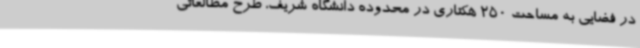
در فضایی به مساحت 250 هکتاری در محدوده دانشگاه شریف، طرح مطالعاتی